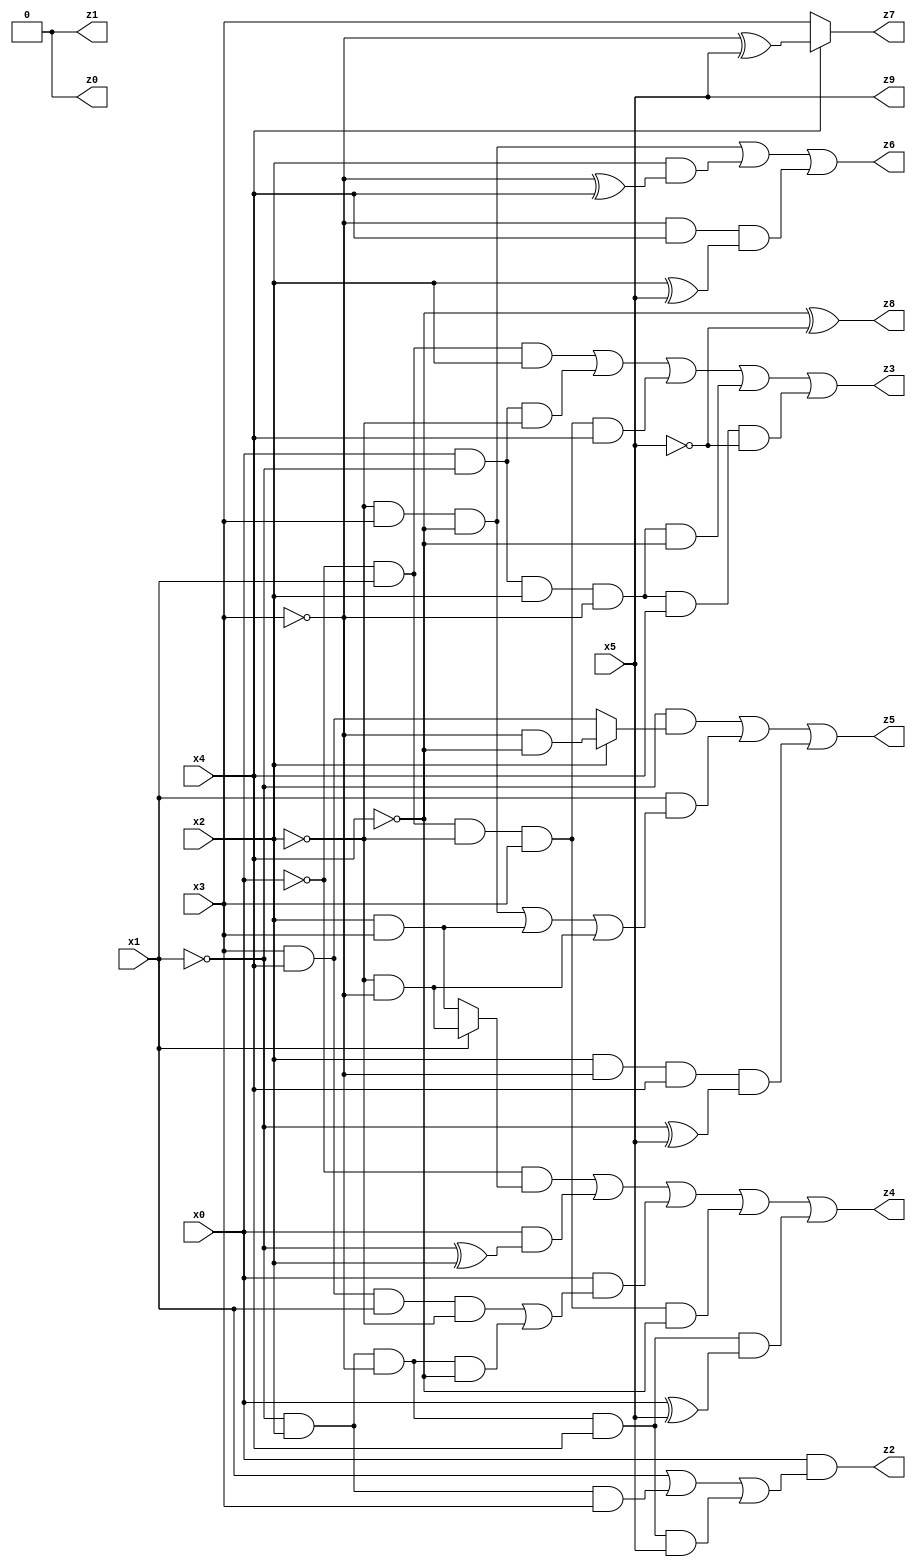
// Benchmark "X_20" written by ABC on Mon Jun 05 18:10:36 2023

module X_20 ( 
    x0, x1, x2, x3, x4, x5,
    z0, z1, z2, z3, z4, z5, z6, z7, z8, z9  );
  input  x0, x1, x2, x3, x4, x5;
  output z0, z1, z2, z3, z4, z5, z6, z7, z8, z9;
  assign z0 = 1'b0;
  assign z1 = 1'b0;
  assign z2 = x0 & (x1 | (~x1 & x2 & x3) | (~x1 & x2 & ~x3 & x4 & x5));
  assign z3 = (~x0 & x1 & x2) | (x0 & ~x1 & ~x2) | (~x0 & x1 & ~x2 & x3 & x4) | (x0 & ~x1 & x2 & ~x3 & ~x4) | (x0 & ~x1 & x2 & ~x3 & x4 & ~x5);
  assign z4 = (~x0 & (x1 ? (~x2 & ~x3) : (x2 & x3))) | (x0 & (~x1 ^ x2)) | (x0 & ((x3 & x4 & x1 & ~x2) | (~x1 & x2 & ~x3 & ~x4))) | (~x0 & x1 & ~x2 & x3 & ~x4) | (~x1 & x2 & ~x3 & x4 & (x0 ^ x5));
  assign z5 = (~x1 & (x2 ? (~x3 & ~x4) : (x3 & x4))) | (x1 & ((~x2 & x3 & ~x4) | (x2 & x3) | (~x2 & ~x3))) | (x2 & ~x3 & x4 & (~x1 ^ x5));
  assign z6 = (~x2 & x3 & ~x4) | (x2 & (~x3 ^ x4)) | (~x3 & x4 & (x2 ^ x5));
  assign z7 = x4 ? (~x3 ^ x5) : x3;
  assign z8 = ~x4 ^ ~x5;
  assign z9 = x5;
endmodule